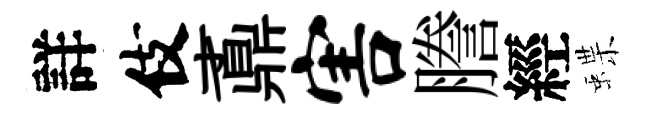
詳伎鼒害謄經蝶